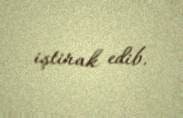
iştirak edib.